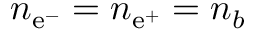
n _ { \mathrm { e } ^ { - } } = n _ { \mathrm { e } ^ { + } } = n _ { b }